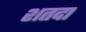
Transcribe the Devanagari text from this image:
शतदा